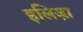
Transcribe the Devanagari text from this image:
इलिज़ा